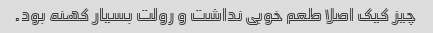
چیز کیک اصلا طعم خوبی نداشت و رولت بسیار کهنه بود.